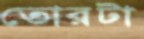
তোরটা